system: You are a helpful assistant.
user:
Analyze the provided spectrum to determine if it is a **S-type Star**.

- **Key Indicators for S-type Star:**

    - **(Overall Spectrum Shape):** The first and most obvious characteristic is the overall continuum (the "baseline" shape). It is **extremely "red-sloping,"** meaning the flux (light intensity) is very low on the left side (blue, ~4000-4500 Å) and rises steeply and continuously toward the right side (red, ~7000 Å+).

    - **(Primary):** The spectrum is defined by the presence of strong, broad molecular absorption "valleys" (bands) from **Zirconium Oxide (ZrO)**. The identification of these bands is the **primary requirement** for classifying a star as S-type.
        - **(Key Bandheads):** You must find distinct, deep "dips" where the light has been absorbed. The most critical band systems to locate are:
            - **~6474 Å** ($\gamma$-system): This is often the strongest and clearest ZrO feature, found in the red part of the spectrum.
            - **~5718 Å** & **~5551 Å** ($\beta$-system): A pair of prominent absorption features in the yellow-orange part of the spectrum.
            - **~4640 Å** ($\alpha$-system): A key absorption band system in the blue-green region of the spectrum.

    - **(Secondary Confirmation):** The classification is strengthened by finding additional absorption bands from other related heavy element oxides, which are expected to be present alongside ZrO.
        - **(Key Bandheads):**
            - **Yttrium Oxide (YO):** Look for absorption dips near **~4800 Å** and **~6100 Å**.
            - **Lanthanum Oxide (LaO):** Additional absorption features, particularly in the red-orange part of the spectrum, are also characteristic.

    - **(Line Profile):** The combination of the steep red continuum and these numerous, deep molecular bands (ZrO, YO, etc.) gives the entire spectrum a very **"chopped-up"** or **"bumpy"** appearance. Instead of a smooth curve, the spectrum looks as though large, wide chunks of light have been "carved out" of it at the specific wavelengths listed above.

Think first, call **spectral_visualization_tool** if needed to examine features in detail, then provide your final answer. Your response must adhere to the following strict rules:
1.  **Overall Structure:** Your response must follow the format `<think>...</think> <tool_call>...</tool_call> (if a tool is used) <answer>...</answer>`.
2.  **Tool Usage Constraint:** You may only make **one** tool call per turn.
3.  **Final Answer Format:** In the `<answer>` tag, your conclusion must be inside a `\boxed{}` command (e.g., `\boxed{YES}` or `\boxed{NO}`), followed by your justification.

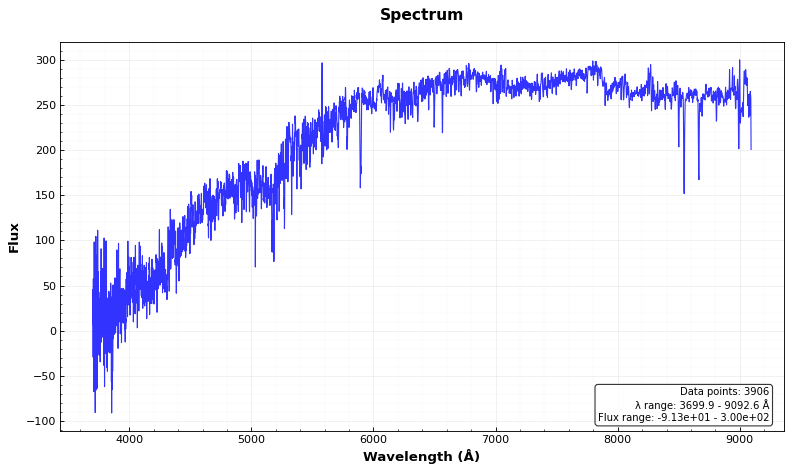
Answer: NO